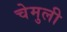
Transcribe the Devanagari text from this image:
चेमुली